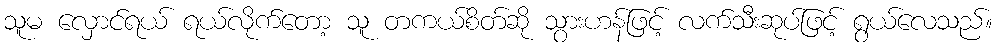
သူမ လှောင်ရယ် ရယ်လိုက်တော့ သူ တကယ်စိတ်ဆို သွားဟန်ဖြင့် လက်သီးဆုပ်ဖြင့် ရွယ်လေသည်။